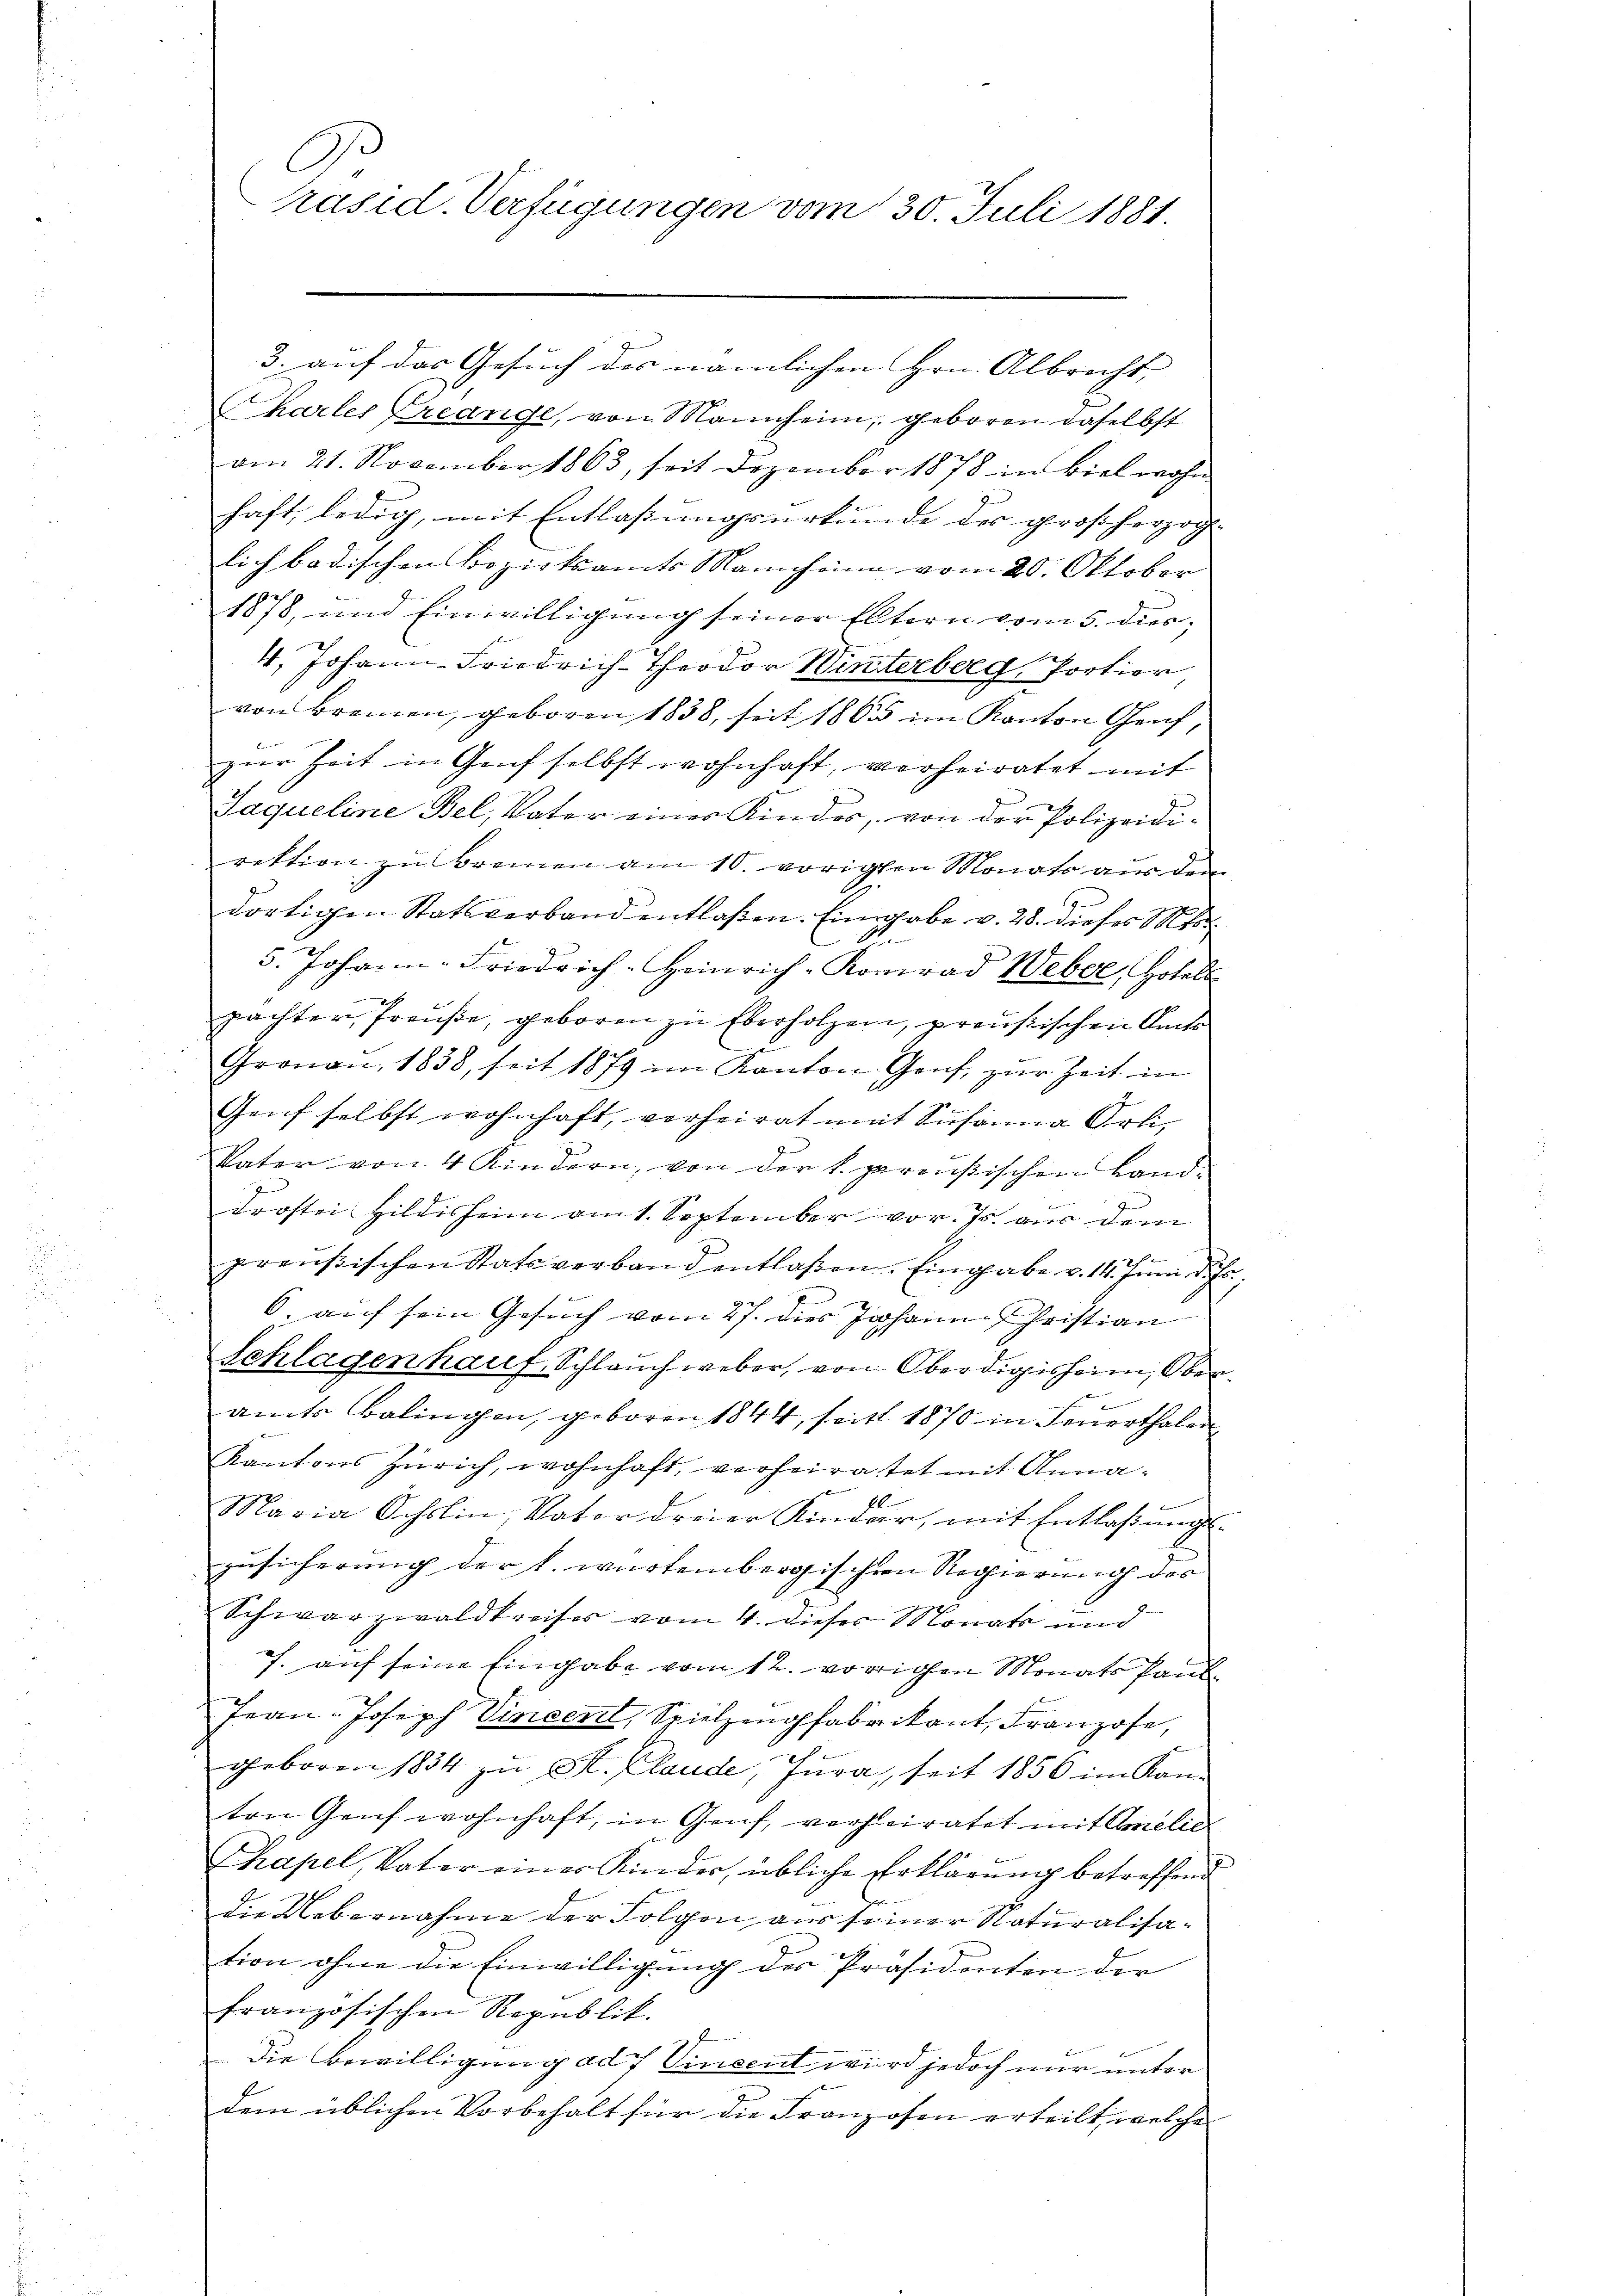
C
Präsid. Verfügungen vom 30. Juli 1881.

Charler Creange, von Mannheim, geboren daselbst
am 21. November 1863, seit Dezember 1878 in Biel wohn
haft, ledig, mit Entlassungsurkunde des großherzog
lich badischen Bezirksamts Mannheine vom 20. Oktober
1878, und Einwilligung seiner Eltern vom 5. dies;
4. Johann-Friedrich-Theodor Winterberg, Portier
von Bremen, geboren 1838, seit 1863 im Kanton Genf,
zur Zeit in Genf selbst wohnhaft, verheiratet mit
g
Laqueline Bel, Vater eines Kinder, von der Polizeidirektion zu brenen am 10. vorigten Monats aus dem
dortigen Statsverband entlaßen. Eingabe v. 28. dieses Mo
.
5. Johann-Friedrich-Heinrich-Konrad Weber, Hotels
pächter, Preuße, geboren zu Eberholzen, preußischen Amts
Gronau, 1838, seit 1879 im Kanton Genf, zur Zeit in
Genf selbst wohnhaft, verheirat mit Susanna Orli¬
Vater von 4 Kindern, von der l. gereußischen Land¬

drostei Hildisheim am 1. September vor. Js. aus dem
preußischen Statsverband entlaßen. Eingabe v. 14. Juni d.
E
6. auf sein Gesuch vom 27. dies Johann Christian
Splügen hauf, Schlauch weber, von Oberdigisheim, Ober
b
amts Balingen, geboren 1844, seit 1870 in Feuerthalen
Kantons Zürich, wohnhaft, verheiratet mit Annaf.
Maria Ochslin, Vater dreier Kinder, mit Entlaβŭngs-
zusicherung der l. wartembergischen Regierung des
Schwarzwaldkreises vom 4. dieser Monats und
7. auf seine Eingabe vom 12. vorigen Monats Pand
Jean-Joseph Vincent, Spielzengfabrikant, Franzose,
geboren 1854 zu St. Plaude, Jura, seit 1856 im Kanten Genf wohnhaft, in Genf, verheiratet mit Omelie
Chapel, Vater eines Kinder, übliche Erklärung betreffend
die Uebernahme der Folgen aus seiner Naturalisation ohne die Einwilligung des Präsidenten der
französischen Republik.
Die Bewilligung ad 7 Vincent wird jedoch nur unter
dem üblichen Vorbehalt für die Franzosen erteilt, welche

3. auf das Gesuch des nämlichen Hrn. Albrecht,